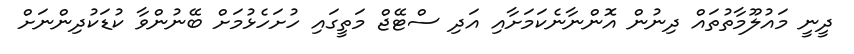
ދީނީ މައުލޫމާތުތައް ދިނުން އޮންނާނެކަމަށާއި އަދި ސްޓޭޖް މަތީގައި ހުށަހެޅުމަށް ބޭނުންވާ ކުޑަކުދިންނަށް